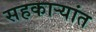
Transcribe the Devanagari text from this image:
सहकार्‍यांत